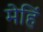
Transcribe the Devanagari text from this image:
मेहिं